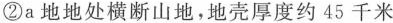
②a地地处横断山地，地壳厚度约45千米